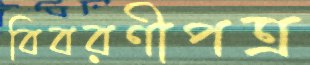
বিবরণীপত্র